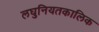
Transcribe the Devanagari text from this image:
लघुनियतकालिक